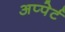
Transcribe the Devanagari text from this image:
अप्पेर्ट